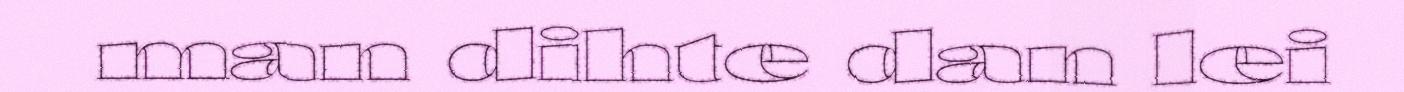
man dihte dan lei